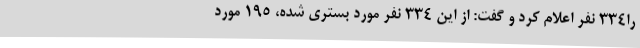
را334 نفر اعلام کرد و گفت: از این 334 نفر مورد بستری شده، 195 مورد